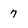
Character: 7